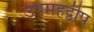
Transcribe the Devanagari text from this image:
उपमहद्वीप